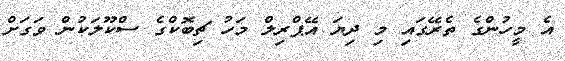
އެ މީހުންގެ ތެރޭގައި މި ދިޔަ އޭޕްރިލް މަހު ޗިބޮކްގެ ސްކޫލަކުން ވަގަށް